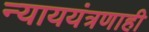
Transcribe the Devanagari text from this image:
न्याययंत्रणाही